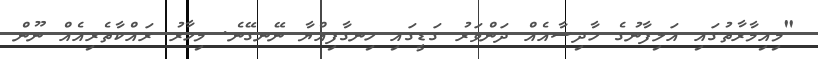
"މިއިމާރާތުގައި އަލިފާނުގެ ހާދިސާއެއް ދަންވަރު ގަޑީގައި ހިނގާފިއްޔާ ނޭނގޭނެ. މިހާރު ރައްކާތެރިއެއް ނޫން